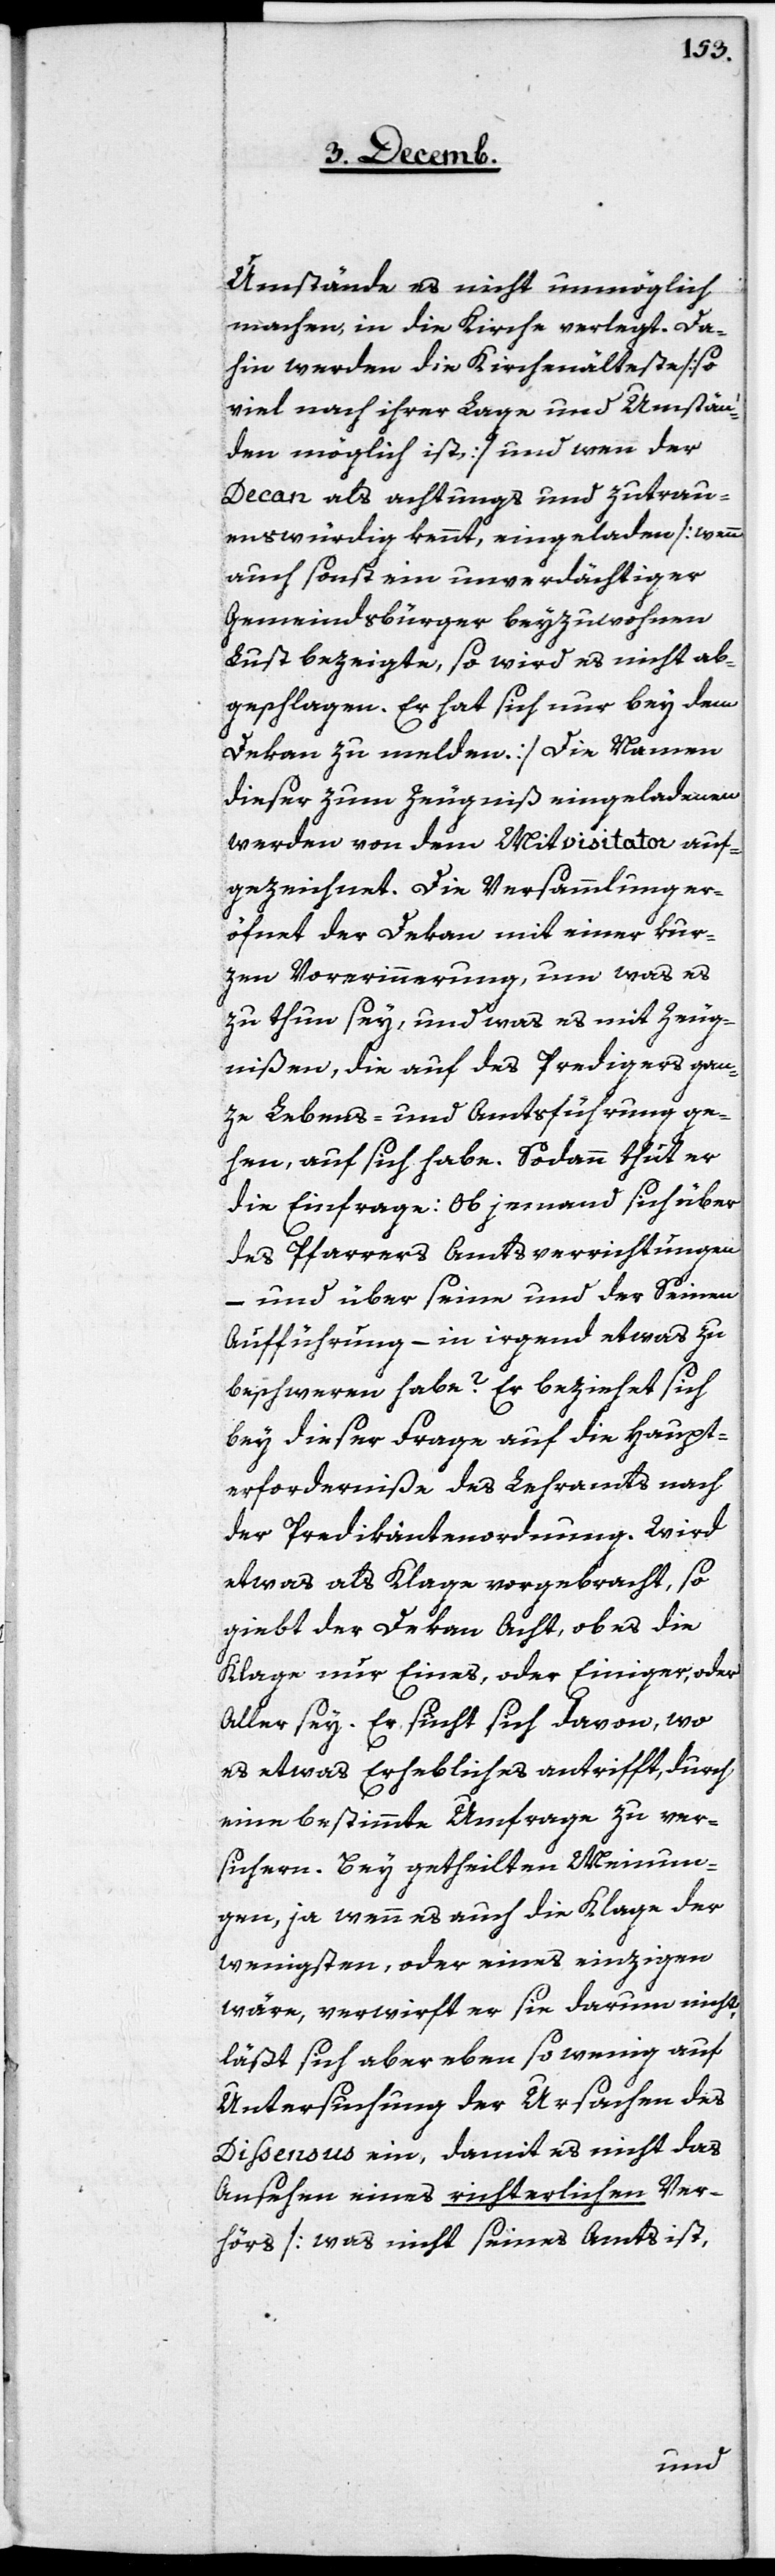
Umstände es nicht unmöglich
machen, in die Kirche verlegt. Da¬
hin werden die Kirchenälteste [so
viel nach ihrer Lage und Umstän¬
den möglich ist] und wen der
Decan als achtungs[-] und zutrau¬
enswürdig kennt, eingeladen [wenn
auch sonst ein unverdächtiger
Gemeindsbürger beyzuwohnen
Lust bezeigte, so wird es nicht ab¬
geschlagen. Er hat sich nur bey dem
Dekan zu melden.] Die Namen
dieser zum Zeugniß eingeladenen
werden von dem Mitvisitator auf¬
gezeichnet. Die Versammlung er¬
öf[f]net der Dekan mit einer kur¬
zen Vorerinnerung, um was es
zu thun sey, und was es mit Zeug¬
nißen, die auf des Predigers gan¬
ze Lebens- und Amtsführung ge¬
hen, auf sich habe. Sodann thut er
die Einfrage: Ob jemand sich über
des Pfarrers Amtsverrichtungen
und über seine und der Seinen
Aufführung – in irgend etwas zu
beschweren habe? Er beziehet sich
bey dieser Frage auf die Haupt¬
erforderniße des Lehramts nach
der Predikantenordnung. Wird
etwas als Klage vorgebracht, so
giebt der Dekan Acht, ob es die
Klage nur Eines, oder Einiger, oder
Aller sey. Er sucht sich davon, wo
es etwas Erhebliches antrifft, durch
eine bestimmte Umfrage zu ver¬
sichern. Bey getheilten Meinun¬
gen, ja wenn es auch die Klage der
wenigsten, oder eines einzigen
wäre, verwirft er sie darum nicht,
läßt sich aber eben so wenig auf
Untersuchung der Ursachen des
Dissensus ein, damit es nicht das
Ansehen eines richterlichen Ver¬
hörs [was nicht sein Amt ist,